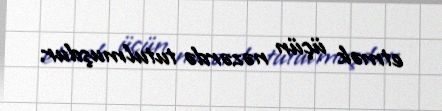
etmək üçün nəzərdə tutulmuşdur.